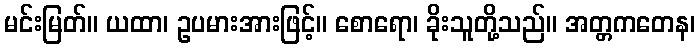
မင်းမြတ်။ ယထာ၊ ဥပမားအားဖြင့်။ စောရော၊ ခိုးသူတို့သည်။ အတ္တကတေန၊